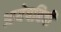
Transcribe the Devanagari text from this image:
आयेषबिबी